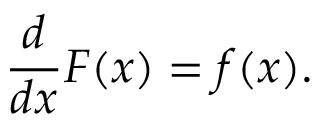
{ \frac { d } { d x } } F ( x ) = f ( x ) .